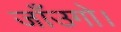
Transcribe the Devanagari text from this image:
जाँउगो।